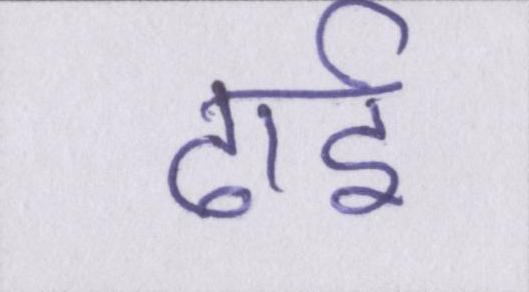
ढाई